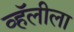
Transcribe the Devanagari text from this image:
व्हॅलीला